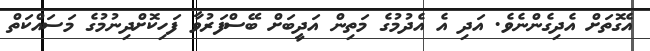
އެގޮތަށް އެދިގެންނެވެ. އަދި އެ އެދުމުގެ މަތިން އަދީބަށް ބޭސްފަރުވާ ފަހިކޮށްދިނުމުގެ މަސައްކަތް